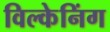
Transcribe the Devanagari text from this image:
विल्केनिंग